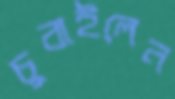
চুবাইলেন